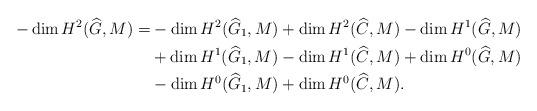
LaTeX: \begin{align*}-\dim H^2(\widehat{G},M)=&-\dim H^2(\widehat{G}_1,M)+\dim H^2(\widehat{C},M) -\dim H^1(\widehat{G},M) \\ & +\dim H^1(\widehat{G}_1,M) -\dim H^1(\widehat{C},M)+\dim H^0(\widehat{G},M) \\ & -\dim H^0(\widehat{G}_1,M)+\dim H^0(\widehat{C},M).\end{align*}